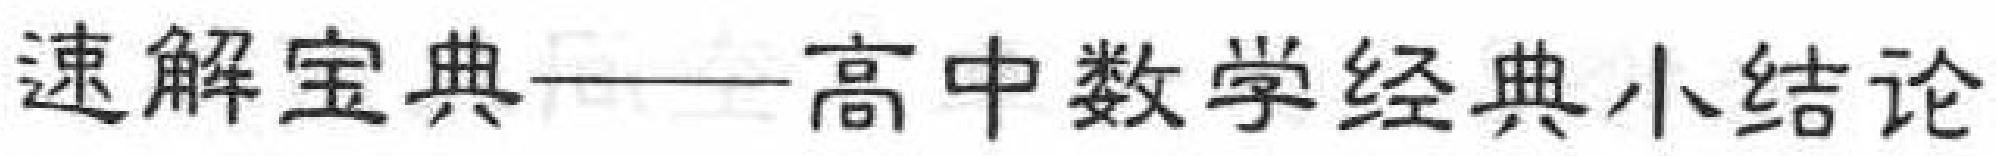
速解宝典——高中数学经典小结论